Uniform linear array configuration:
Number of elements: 4
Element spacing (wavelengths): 0.25
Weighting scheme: blackman
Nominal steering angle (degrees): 15
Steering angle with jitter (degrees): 14.956
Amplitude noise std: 0.05
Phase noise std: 0.05

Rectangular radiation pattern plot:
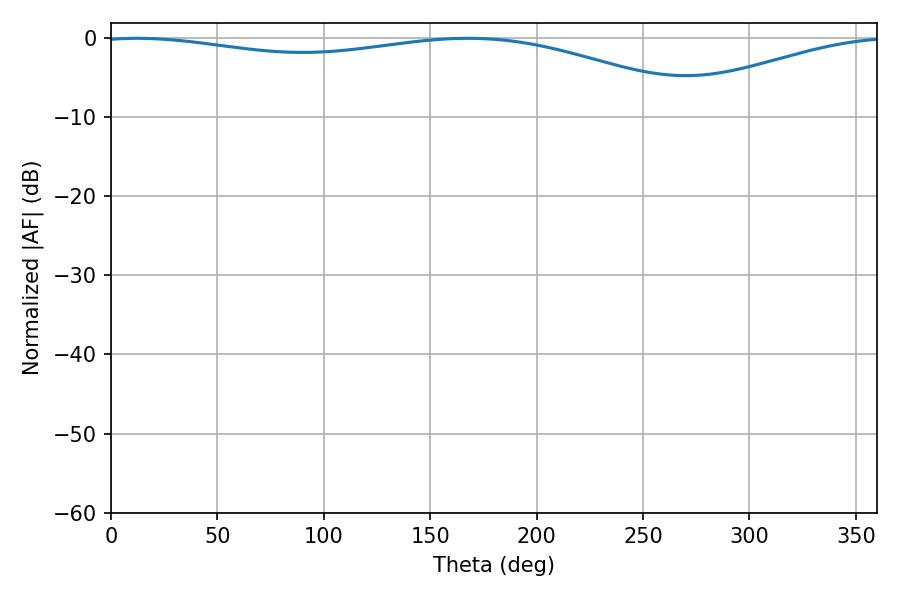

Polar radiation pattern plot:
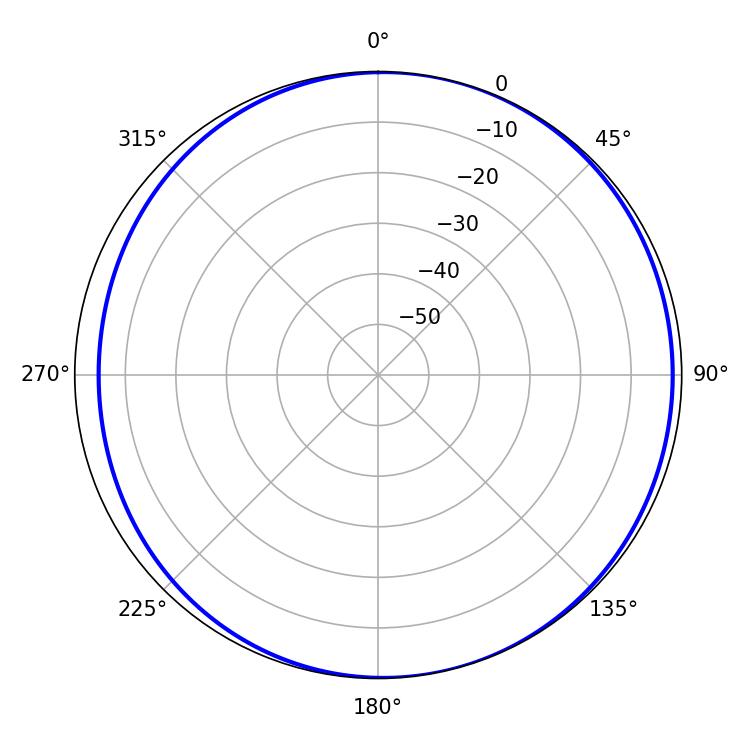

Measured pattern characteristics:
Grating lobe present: FALSE
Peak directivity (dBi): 5.371
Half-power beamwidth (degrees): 232.02
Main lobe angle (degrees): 12.24